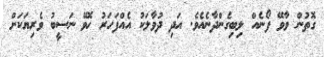
ގޮތުން ވާވޭ ފޯނެއް ލިބިގެންދާނެއެވެ. އަދި ދުވާލަކު އެއްފަހަރު ހޮވޭ ނަސީބު ވެރިޔަކަށް